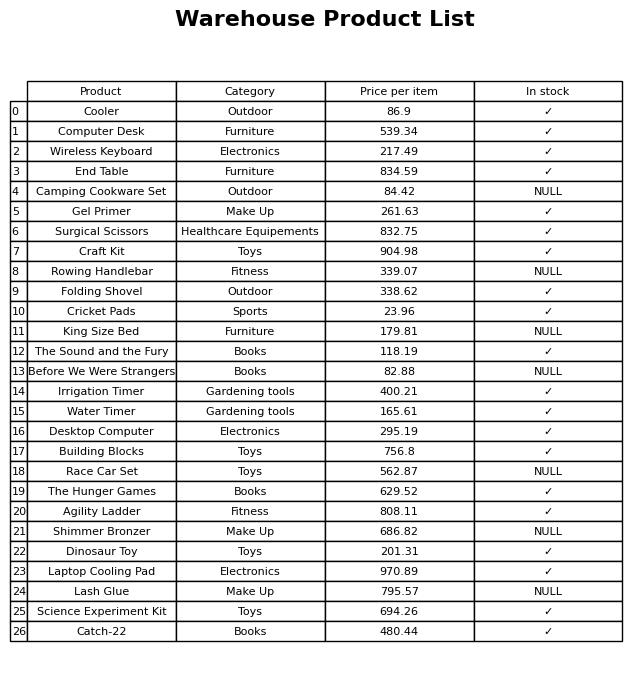
question: What is the price for Cooler?
answer: The price of Cooler is 86.9.